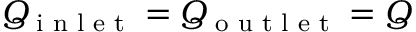
Q _ { \textrm { i n l e t } } = Q _ { \textrm { o u t l e t } } = Q